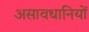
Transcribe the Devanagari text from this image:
असावधानियों